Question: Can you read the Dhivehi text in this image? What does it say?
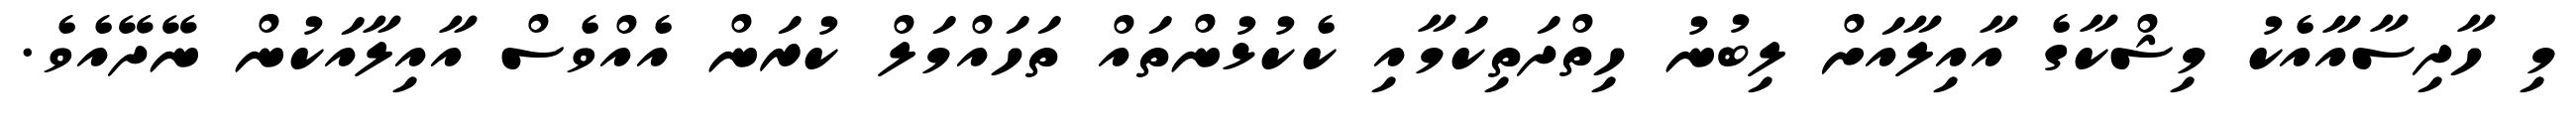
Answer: މި ހާދިސާއާއެކު މިޝްކާގެ އާއިލާއަށް ލިބުނު ހިތްދަތިކަމާއި ކެކުޅުންތައް ތަހައްމަލް ކުރަން އެއްވެސް އާއިލާއަކުން ނޭދޭއެވެ.